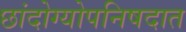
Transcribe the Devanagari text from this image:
छांदोग्योपनिषदात